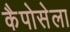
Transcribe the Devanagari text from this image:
कैपोसेला